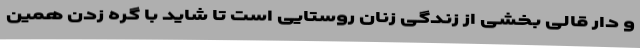
و دار قالی بخشی از زندگی زنان روستایی است تا شاید با گره زدن همین